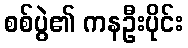
စစ်ပွဲ၏ ကနဦးပိုင်း